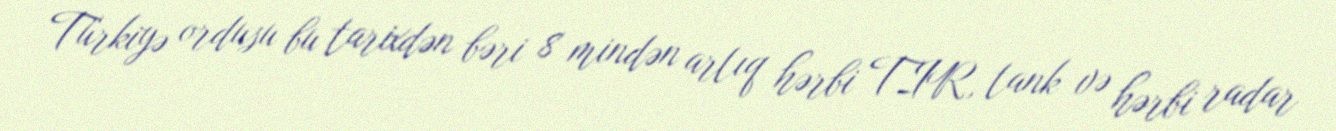
Türkiyə ordusu bu tarixdən bəri 8 mindən artıq hərbi TIR, tank və hərbi radar